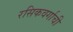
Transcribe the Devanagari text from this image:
रसिकवर्गाची